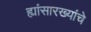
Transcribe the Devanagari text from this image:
ह्यांसारख्यांचे